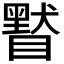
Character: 𥊷